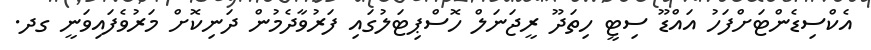
އެކްސިޑެންޓަށްފަހު އައްޑޫ ސިޓީ ހިތަދޫ ރީޖަނަލް ހޮސްޕިޓަލުގައި ފަރުވާދެމުން ދަނިކޮށް މަރުވެފައިވަނީ ގދ.